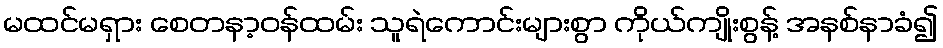
မထင်မရှား စေတနာ့ဝန်ထမ်း သူရဲကောင်းများစွာ ကိုယ်ကျိုးစွန့် အနစ်နာခံ၍